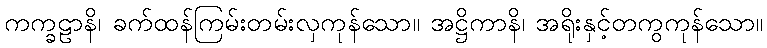
ကက္ခဠာနိ၊ ခက်ထန်ကြမ်းတမ်းလှကုန်သော။ အဋ္ဌိကာနိ၊ အရိုးနှင့်တကွကုန်သော။